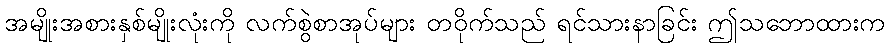
အမျိုးအစားနှစ်မျိုးလုံးကို လက်စွဲစာအုပ်များ တဝိုက်သည် ရင်သားနာခြင်း ဤသဘောထားက